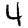
Digit: 4